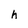
Character: h